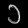
Digit: ၁